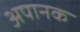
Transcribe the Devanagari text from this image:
अपानक